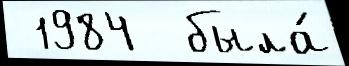
 1984  была́